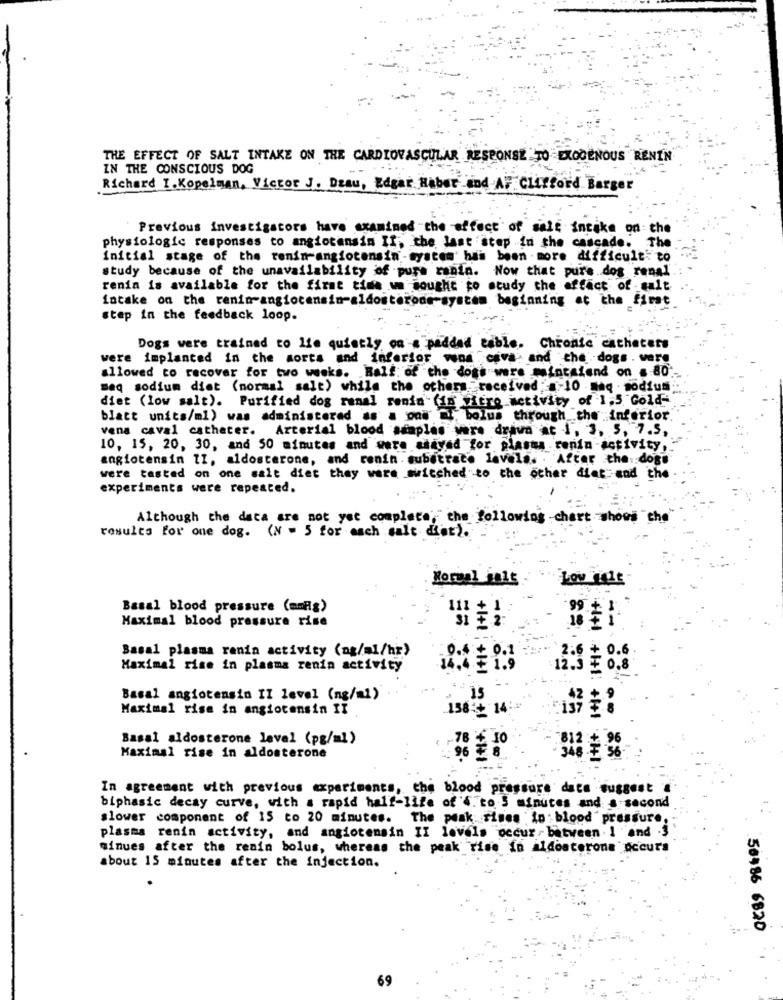
THE EFFECT OF SALT INTAKE ON THE CARDIOVASCULAR RESPONSE TO EXOGENOUS RENIN
IN THE CONSCIOUS DOG
Richard I.Kopelman, Victor J. Dzau, Edgar Haber and AF Clifford Barger
Previous investigators have examined the effect of salt intake on: the
physiologic responses to angiotensin II, the last step in the cascade. The
initial stage of the renin-angiotensin-system' has been -more difficult to
study because of the unavailability of pure rania. Now that pure.dos renal.
renin is available for the first time wn sought to study the effect of -malt
intake on the renin-angiotensin-aldosterone-system beginning at the first
step in the feedback loop.
Dogs were trained to lie quietly on a padded table, Chronic catheters
were implanted in the morts and inferior vena cava, and the dogs . warg
allowed to recover for two weeks. Balf: of the dog's were mintalend on s.80".
meq sodium diet (normal salt) while the others. received :- 10 seq . sodius.
diet (low salt). Purified dog renal renin (is tro activity of 1,5 Gold-
blatt units/ml) was administered as a pas nl, bolus through the inferior.
vena caval catheter. Arterial blood samples were drawn at 1, 3, 5, 7.5.
10, 15, 20, 30, and 50 minutes and were asayed for plasta renin -activity,
angiotensin II, aldosterone, and renin. substrate levels. . After the: dogs
were tested on one salt diet they wars switched to the other diet and the
experiments were repeated.
Although the data are not yet complete, the following -chart shows "che
results for one dog. (N = 5 for mach salt det).
Low THALE
Basal blood pressure (mmHg)
Maximal blood pressure rise
+1+1
Basal plasma renin activity (ng/ml/hr)
3.0 0.6
Maximal rise in plasma renin activity
' +1+1
..
Basal angiotensin II level (ng/ml)
15
Maximal rise in angiotensin II
138 + 14:
Basal aldosterone laval (pg/ml)
78 ₺ 10
Maximal rise in aldosterone
96 7 8
346 -7 36
In agreement with previous experiments, the blood pressure data suggest
biphasic decay curve, with a rapid half-life of '4. to 5 minutes and s-second
slower component of 15 to 20 minutes. The peak rines in blood pressure,
plasma renin activity, and angiotensin II levels occur , between . 1 and .3
minues after the renin bolus, whereas the peak rise in aldosterone occurs
about 15 minutes after the injection.
50486 6820
69